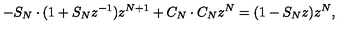
- S _ { N } \cdot ( 1 + S _ { N } z ^ { - 1 } ) z ^ { N + 1 } + C _ { N } \cdot C _ { N } z ^ { N } = ( 1 - S _ { N } z ) z ^ { N } ,